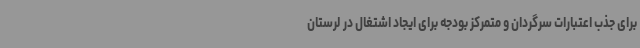
برای جذب اعتبارات سرگردان و متمرکز بودجه برای ایجاد اشتغال در لرستان